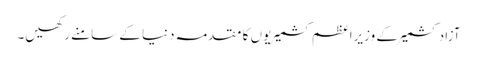
آزاد کشمیر کے وزیراعظم کشمیریوں کا مقدمہ دنیا کے سامنے رکھیں۔